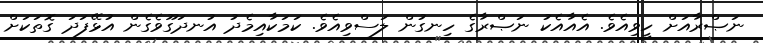
ނަޞްރާއަށް ހީވިއެވެ. އެއާއެކު ނަޞްރާގެ ހިނގުން ލަސްވިއެވެ. ކަމަކާއިމެދު އުނދަގޫވެގެން އުޅޭފަދަ ގޮތަކަށް